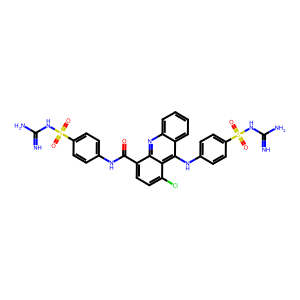
SMILES: N=C(N)NS(=O)(=O)c1ccc(NC(=O)c2ccc(Cl)c3c(Nc4ccc(S(=O)(=O)NC(=N)N)cc4)c4ccccc4nc23)cc1
Inhibits HIV replication: No